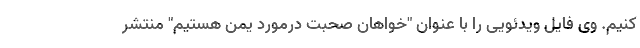
کنیم. وی فایل ویدئویی را با عنوان "خواهان صحبت درمورد یمن هستیم" منتشر